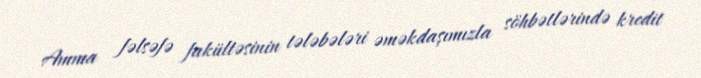
Amma fəlsəfə fakültəsinin tələbələri əməkdaşımızla söhbətlərində kredit